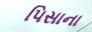
પિસાના